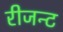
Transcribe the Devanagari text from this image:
रीजन्ट